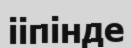
ііпінде